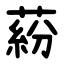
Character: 蒶